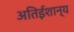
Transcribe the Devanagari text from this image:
अतिईशान्य